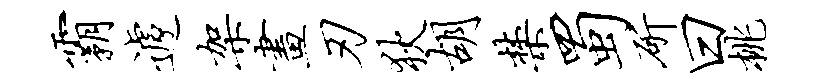
霸遽架画刃狄胡禁蜀斫曰桃